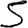
Digit: 5